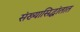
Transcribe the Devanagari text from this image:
संख्यासिद्धांतात